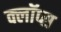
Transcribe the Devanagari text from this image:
क्लॉप्स